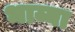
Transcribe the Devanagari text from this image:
भाय्या